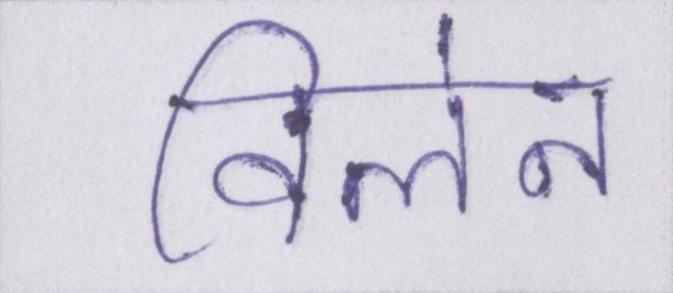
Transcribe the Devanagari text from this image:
विलेन